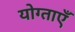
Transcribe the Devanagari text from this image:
योग्ताएँ